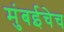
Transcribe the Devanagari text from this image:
मुंबईचेच